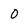
Character: O